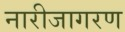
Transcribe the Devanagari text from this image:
नारीजागरण